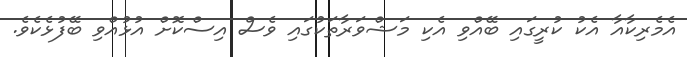
އެމެރިކާއާ އެކު ކުރީގައި ބޭއްވި އެކި މަޝްވަރާތަކުގައި ވެސް އިސްކޮށް އުޅުއްވި ބޭފުޅެކެވެ.